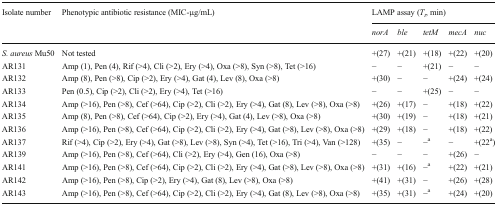
| <ROWSPAN=2> Isolate number | <ROWSPAN=2> Phenotypic antibiotic resistance (MIC-μg/mL) | <COLSPAN=5> LAMP assay (Tt, min) |
 | norA | ble | tetM | mecA | nuc |
 | --- | --- | --- | --- | --- | --- | --- |
 | S. aureus Mu50 | Not tested | +(27) | +(21) | +(18) | +(22) | +(20) |
 | AR131 | Amp (1), Pen (4), Rif (>4), Cli (>2), Ery (>4), Oxa (>8), Syn (>8), Tet (>16) | − | − | +(21) | − | − |
 | AR132 | Amp (8), Pen (>8), Cip (>2), Ery (>4), Gat (4), Lev (8), Oxa (>8) | +(30) | − | − | +(24) | +(24) |
 | AR133 | Pen (0.5), Cip (>2), Cli (>2), Ery (>4), Tet (>16) | − | − | +(25) | − | − |
 | AR134 | Amp (>16), Pen (>8), Cef (>64), Cip (>2), Cli (>2), Ery (>4), Gat (8), Lev (>8), Oxa (>8) | +(26) | +(17) | − | +(18) | +(22) |
 | AR135 | Amp (8), Pen (>8), Cef (>64), Cip (>2), Ery (>4), Gat (4), Lev (>8), Oxa (>8) | +(30) | +(19) | − | +(18) | +(21) |
 | AR136 | Amp (>16), Pen (>8), Cef (>64), Cip (>2), Cli (>2), Ery (>4), Gat (>8), Lev (>8), Oxa (>8) | +(29) | +(18) | − | +(18) | +(22) |
 | AR137 | Rif (>4), Cip (>2), Ery (>4), Gat (>8), Lev (>8), Syn (>4), Tet (>16), Tri (>4), Van (>128) | +(35) | − | −a | − | +(22a) |
 | AR139 | Amp (>16), Pen (>8), Cef (>64), Cli (>2), Ery (>4), Gen (16), Oxa (>8) | − | − | − | +(26) | − |
 | AR141 | Amp (>16), Pen (>8), Cef (>64), Cip (>2), Cli (>2), Ery (>4), Gat (>8), Lev (>8), Oxa (>8) | +(31) | +(16) | −a | +(22) | +(21) |
 | AR142 | Amp (>16), Pen (>8), Cip (>2), Ery (>4), Gat (8), Lev (>8), Oxa (>8) | +(41) | +(31) | − | +(26) | +(28) |
 | AR143 | Amp (>16), Pen (>8), Cef (>64), Cip (>2), Cli (>2), Ery (>4), Gat (8), Lev (>8), Oxa (>8) | +(35) | +(31) | −a | +(24) | +(20) |